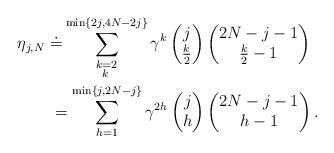
LaTeX: \begin{align*}\eta_{j,N} ~&\dot = \sum_{\substack{k=2\\ k\, }}^{\min\{2j,4N-2j\}}\gamma^k \begin{pmatrix}j \\ \frac{k}{2}\end{pmatrix} \begin{pmatrix}2N-j -1 \\ \frac{k}{2}-1\end{pmatrix}\\&= \sum_{h=1}^{\min\{j,2N-j\}}\gamma^{2h} \begin{pmatrix}j \\ h\end{pmatrix} \begin{pmatrix}2N-j -1 \\ h -1\end{pmatrix}.\end{align*}